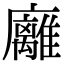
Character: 𢌈